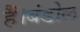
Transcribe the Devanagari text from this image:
हैँ।बंडोल